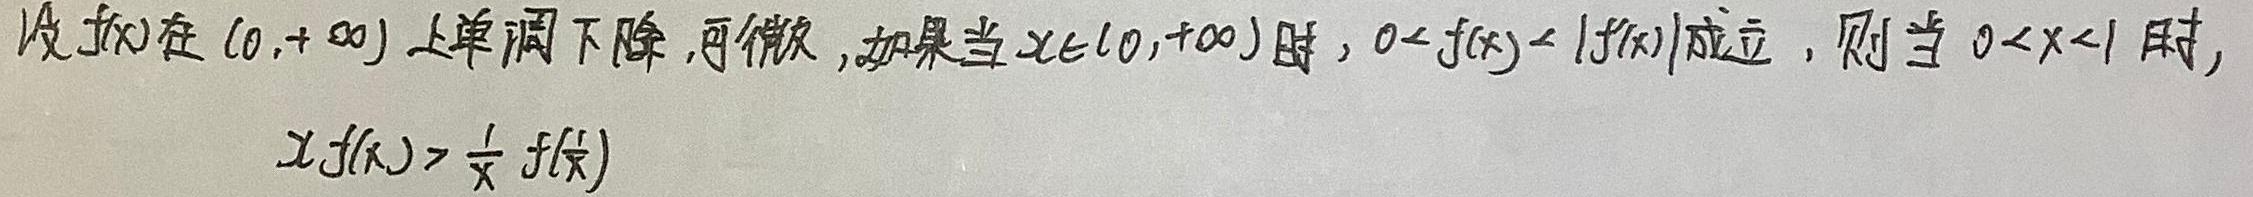
设$f(x)$在$(0,+\infty)$上单调下降，可微，如果当$x\in(0,+\infty)$时，$0 < f(x) < |f'(x)|$成立，则当$0 < x < 1$时，$xf(x)>\frac{1}{x}f(\frac{1}{x})$